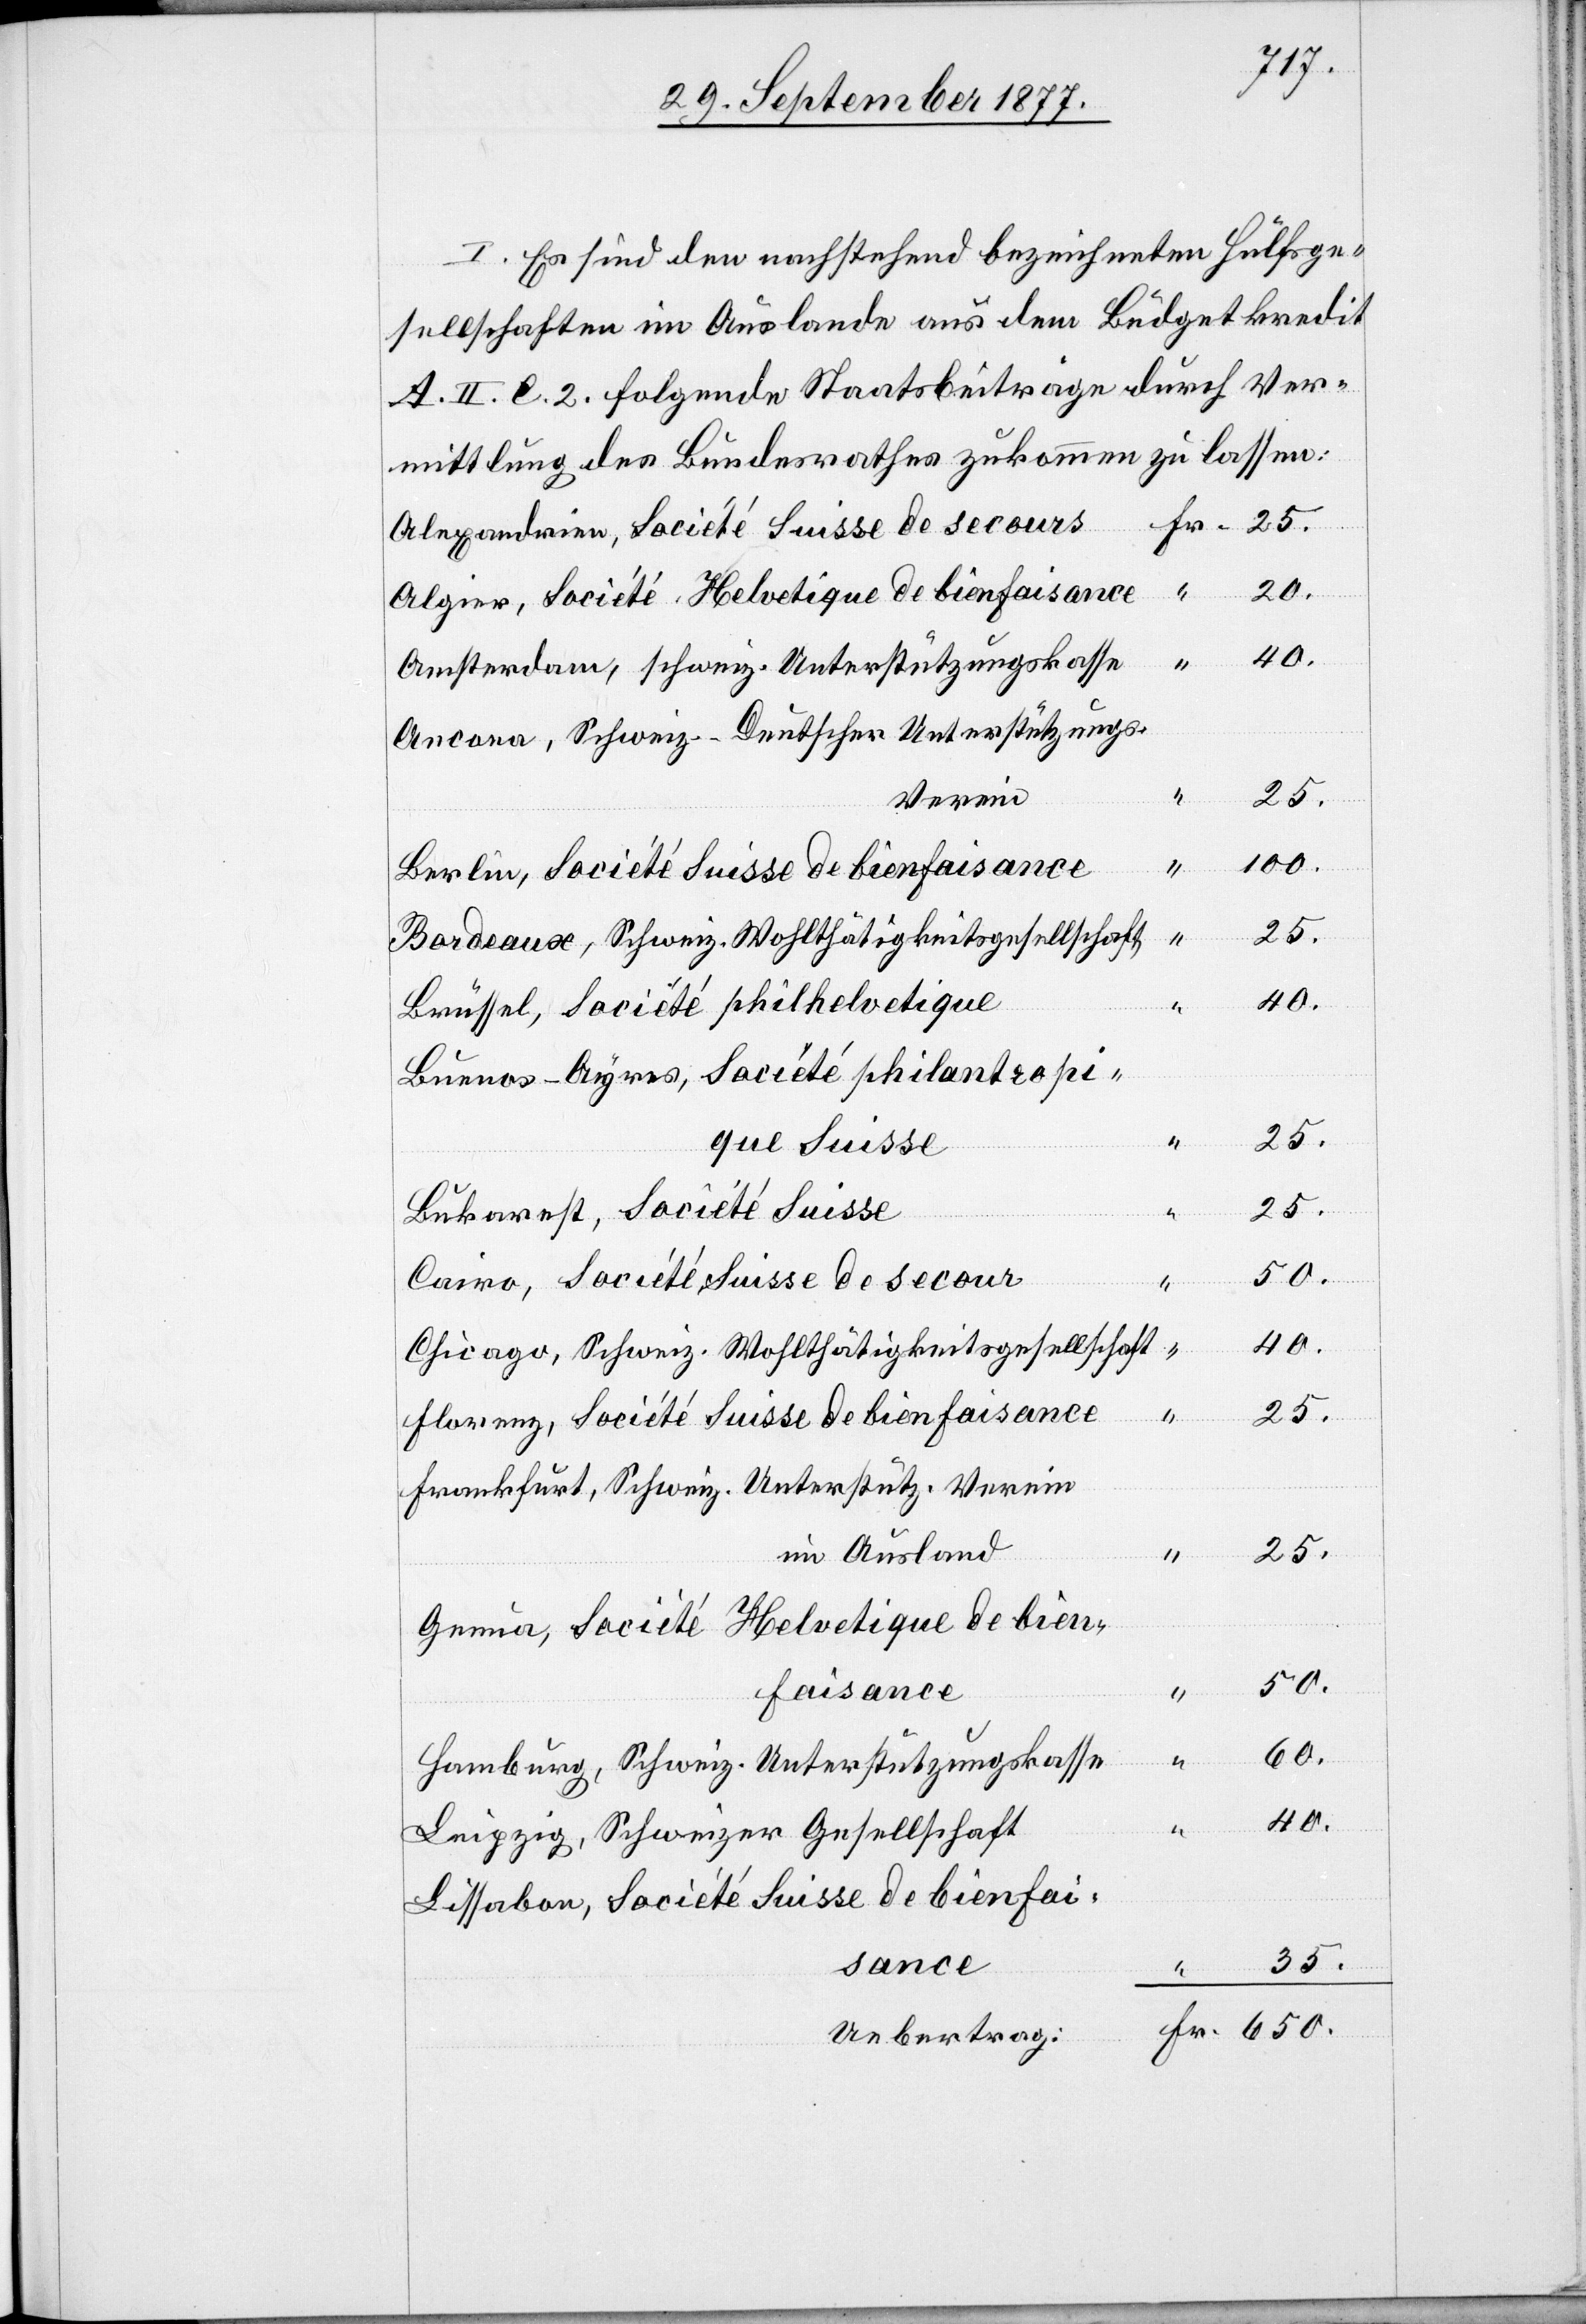
I. Es sind den nachstehend bezeichneten Hülfsge¬
sellschaften im Auslande aus dem Büdgetkredit
A. II. C. 2. folgende Staatsbeiträge durch Ver¬
mittlung des Bundesrathes zukommen zu lassen:
Alexandrien, Société Suisse de secours
20.
Algier, Société Helvetique de bienfaisance
Amsterdam, schweiz. Unterstützungskasse
Ancona, Schweiz-Deutscher Unterstützungs-V¬
“
25.
erein
100.
Berlin, Société Suisse de bienfaisance
Bordeaux, Schweiz. Wohlthätigkeitsgesellschaft
40.
Brüssel, Société philhelvetique
Buenos-Ayres, Société philantropique
“
25.
Bukarest, Société Suisse
50.
Cairo, Société Suisse de secour
Chicago, Schweiz. Wohlthätigkeitsgesellschaft
Florenz, Société Suisse de bienfaisance
Frankfurt, Schweiz. Unterstütz. Verein
25.
im Ausland
Genua, Société Helvetique de bienfai¬
60.
50.
Hamburg, Schweiz. Unterstützungskasse
Leipzig, Schweizer Gesellschaft
Lissabon, Société Suisse de bienfai¬
35.
sance
“